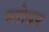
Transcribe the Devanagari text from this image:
ग्लोडन